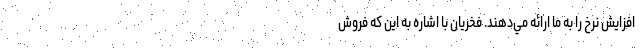
افزايش نرخ را به ما ارائه مي‌دهند. فخريان با اشاره به اين كه فروش